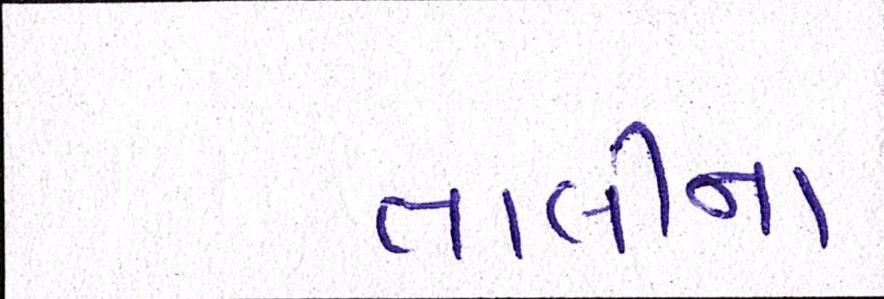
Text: તાલીના